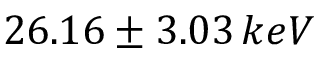
2 6 . 1 6 \pm 3 . 0 3 \, k e V